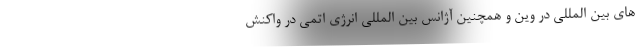
های بین المللی در وین و همچنین آژانس بین المللی انرژی اتمی در واکنش